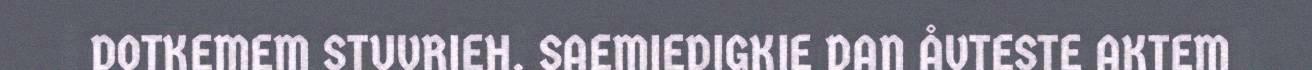
DOTKEMEM STUVRIEH. SAEMIEDIGKIE DAN ÅVTESTE AKTEM